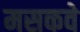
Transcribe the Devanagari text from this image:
मसकवे